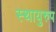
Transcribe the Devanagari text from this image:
स्थायुरुप